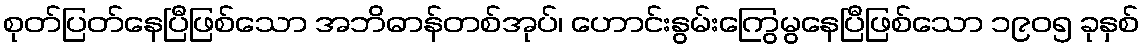
စုတ်ပြတ်နေပြီဖြစ်သော အဘိဓာန်တစ်အုပ်၊ ဟောင်းနွမ်းကြွေမွနေပြီဖြစ်သော ၁၉၀၅ ခုနှစ်